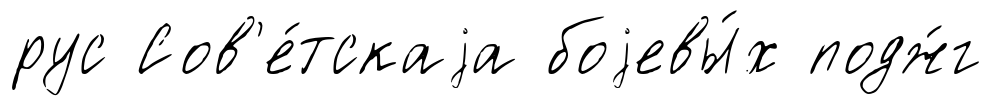
рус Сов'е́тскаjа боjевы́х подж́г